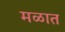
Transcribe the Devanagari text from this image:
मळात